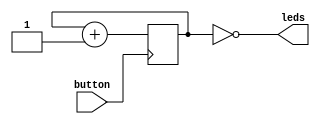
module bounce(
  input button,
  output [2:0] leds
);

  reg [2:0] led_counter;
  assign leds = ~led_counter;
	  
  always @(negedge button) led_counter <= led_counter + 1;

endmodule